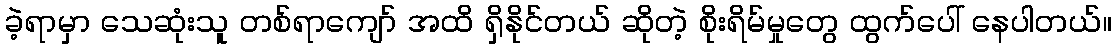
ခဲ့ရာမှာ သေဆုံးသူ တစ်ရာကျော် အထိ ရှိနိုင်တယ် ဆိုတဲ့ စိုးရိမ်မှုတွေ ထွက်ပေါ် နေပါတယ်။